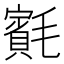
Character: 𣰨